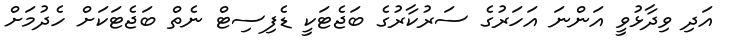
އަދި ވިދާޅުވީ އަންނަ އަހަރުގެ ސަރުކާރުގެ ބަޖެޓަކީ ޑެފިސިޓް ނެތް ބަޖެޓަކަށް ހެދުމަށް